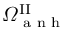
\varOmega ^ { \mathrm { I I } } \sb { \textnormal { a n h } }